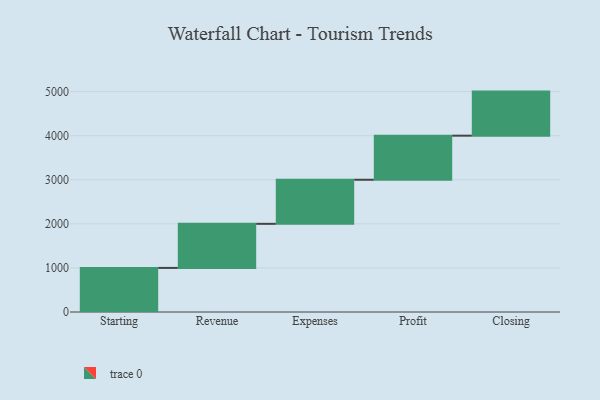
{"axis": {"x": "Step", "y": "Value"}, "legend": [""], "data": [{"x": "Starting", "y": 1000, "type": ""}, {"x": "Revenue", "y": 1000, "type": ""}, {"x": "Expenses", "y": 1000, "type": ""}, {"x": "Profit", "y": 1000, "type": ""}, {"x": "Closing", "y": 1000, "type": ""}]}